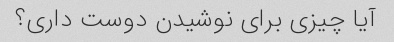
آیا چیزی برای نوشیدن دوست داری؟